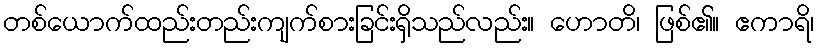
တစ်ယောက်ထည်းတည်းကျက်စားခြင်းရှိသည်လည်း။ ဟောတိ၊ ဖြစ်၏။ ဧကာရိ၊